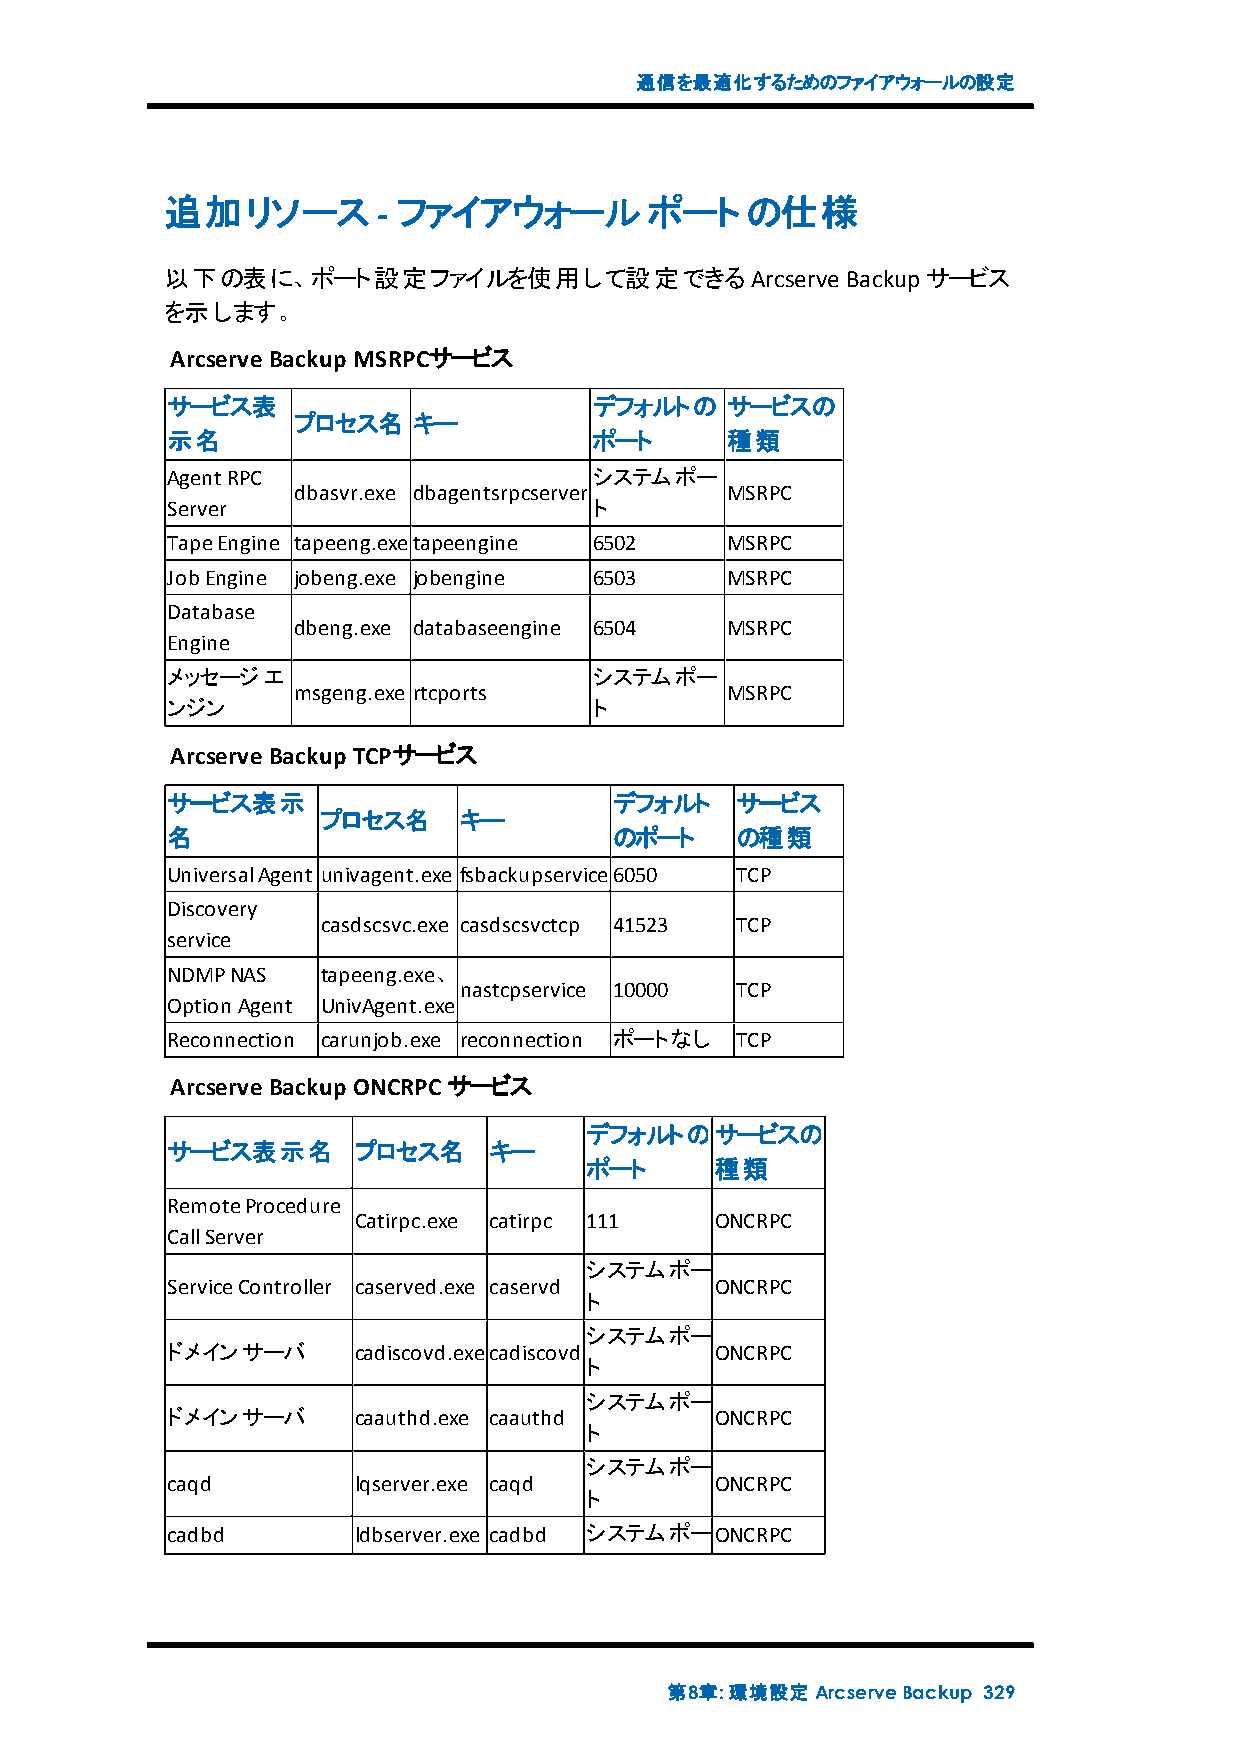
通信を最適化するためのファイアウォールの設定
 追加リソース        - ファイアウォールポートの仕様
 以下の表に、ポート設定ファイルを使用して設定できるArcserve            Backupサービス
 を示します。
 ArcserveBackup MSRPCサービス
 サービス表                       デフォルトの   サービスの
 プロセス名   キー
 示名                          ポート      種類
 AgentRPC                    システムポー
 dbasvr.exe dbagentsrpcserver MSRPC
 Server                      ト
 TapeEngine tapeeng.exetapeengine 6502 MSRPC
 JobEngine jobeng.exe jobengine 6503  MSRPC
 Database
 dbeng.exe databaseengine 6504 MSRPC
 Engine
 メッセージエ                      システムポー
 msgeng.exe rtcports          MSRPC
 ンジン                         ト
 ArcserveBackup TCPサービス
 サービス表示                        デフォルト   サービス
 プロセス名    キー
 名                             のポート    の種類
 UniversalAgent univagent.exe fsbackupservice6050 TCP
 Discovery
 casdscsvc.exe casdscsvctcp 41523 TCP
 service
 NDMPNAS   tapeeng.exe、
 nastcpservice 10000 TCP
 OptionAgent UnivAgent.exe
 Reconnection carunjob.exe reconnection ポートなし TCP
 ArcserveBackup ONCRPCサービス
 デフォルトのサービスの
 サービス表示名     プロセス名    キー
 ポート     種類
 RemoteProcedure
 Catirpc.exe catirpc 111 ONCRPC
 CallServer
 システムポー
 ServiceController caserved.exe caservd ONCRPC
 ト
 システムポー
 ドメインサーバ     cadiscovd.execadiscovd  ONCRPC
 ト
 システムポー
 ドメインサーバ     caauthd.exe caauthd     ONCRPC
 ト
 システムポー
 caqd        lqserver.exe caqd       ONCRPC
 ト
 cadbd       ldbserver.exe cadbd システムポーONCRPC
 第8章:環境設定ArcserveBackup 329